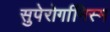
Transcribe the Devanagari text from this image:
सुपेरोर्गानिस्म